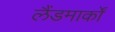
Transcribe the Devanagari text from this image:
लैंडमार्कों